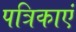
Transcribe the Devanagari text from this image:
पत्रिकाएं